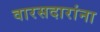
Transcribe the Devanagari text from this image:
वारसदारांना